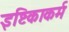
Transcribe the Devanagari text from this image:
इष्टिकाकर्म